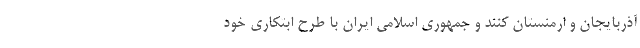
آذربایجان و ارمنستان کنند و جمهوری اسلامی ایران با طرح ابتکاری خود